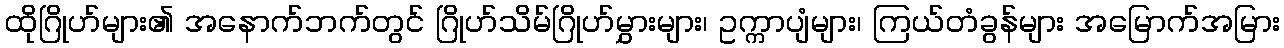
ထိုဂြိုဟ်များ၏ အနောက်ဘက်တွင် ဂြိုဟ်သိမ်ဂြိုဟ်မွှားများ၊ ဥက္ကာပျံများ၊ ကြယ်တံခွန်များ အမြောက်အမြား